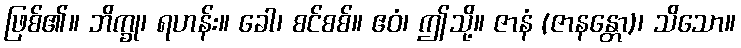
ဖြစ်၏။ ဘိက္ခု၊ ရဟန်း။ ခေါ၊ စင်စစ်။ ဧဝံ၊ ဤသို့။ ဇာနံ (ဇာနန္တော)၊ သိသော။